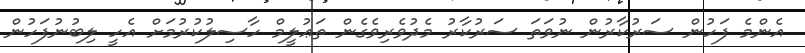
އެންމެ ފަހުން ސަރުކާރުން ނުވަތަ ސަރުކާރު މެދުވެރިވެގެން ތަޢުލީމް ހާސިލުކުރުމަށް އެހީ ލިބުނުފަހުން